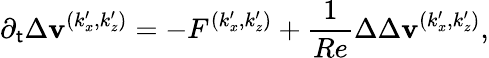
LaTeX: \partial_{\mathsf{t}}\Delta\mathbf{v}^{(k_{x}^{\prime},k_{z}^{\prime})}=-F^{(k_{x}^{\prime},k_{z}^{\prime})}+\frac{{1}}{{Re}}\Delta\Delta\mathbf{v}^{(k_{x}^{\prime},k_{z}^{\prime})},